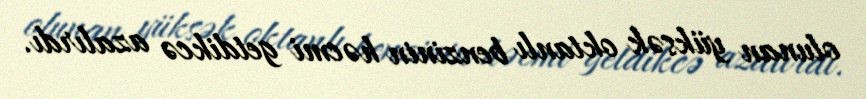
olunan yüksək oktanlı benzinin həcmi getdikcə azalırdı.